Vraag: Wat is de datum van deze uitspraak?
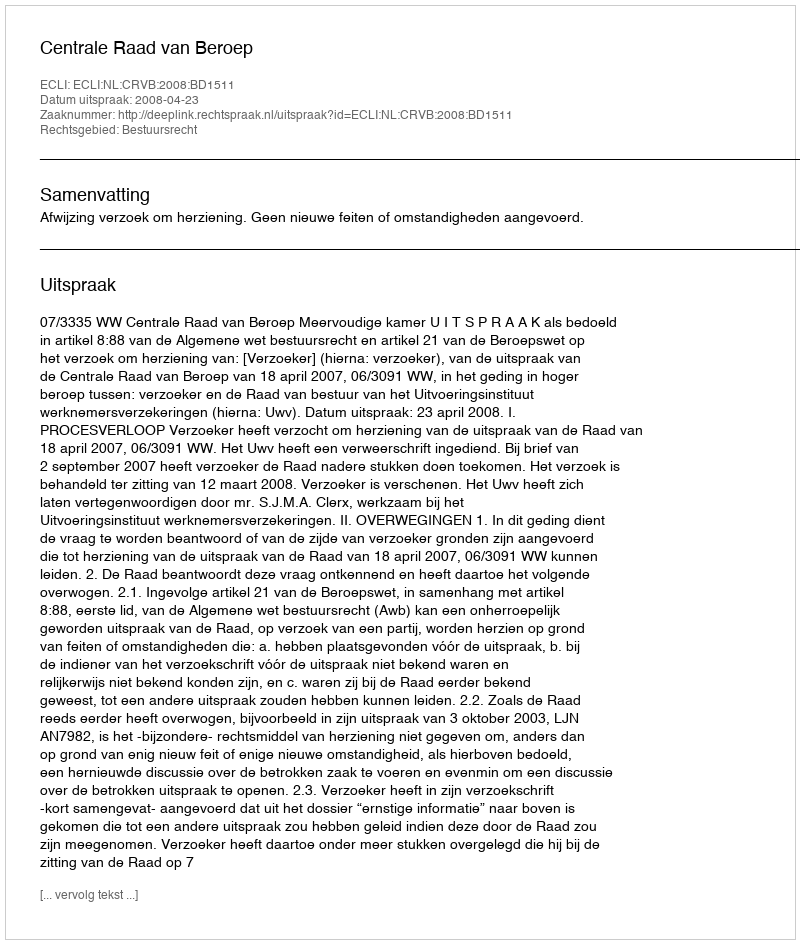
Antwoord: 2008-04-23